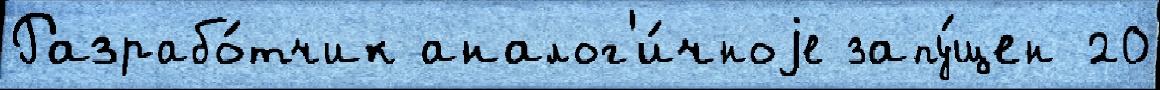
Разрабо́тчик аналог'и́чноjе запу́щен 20